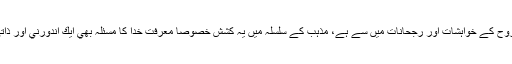
خوبصورتي كا احساس كرنے والي يہ طاقت ،انسان كي بلند پرواز روح كے خواہشات اور رجحانات ميں سے ہے، مذہب كے سلسلہ ميں يہ كشش خصوصاً معرفت خدا كا مسئلہ بھي ايك اندورني اور ذاتي احساس ہے، بلكہ انسان كے اندر سب سے بڑي طاقت كا نام ہے۔